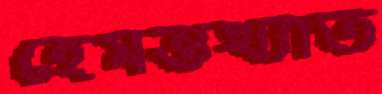
হেমন্তখ্যাত